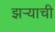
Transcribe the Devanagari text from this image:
झऱ्याची